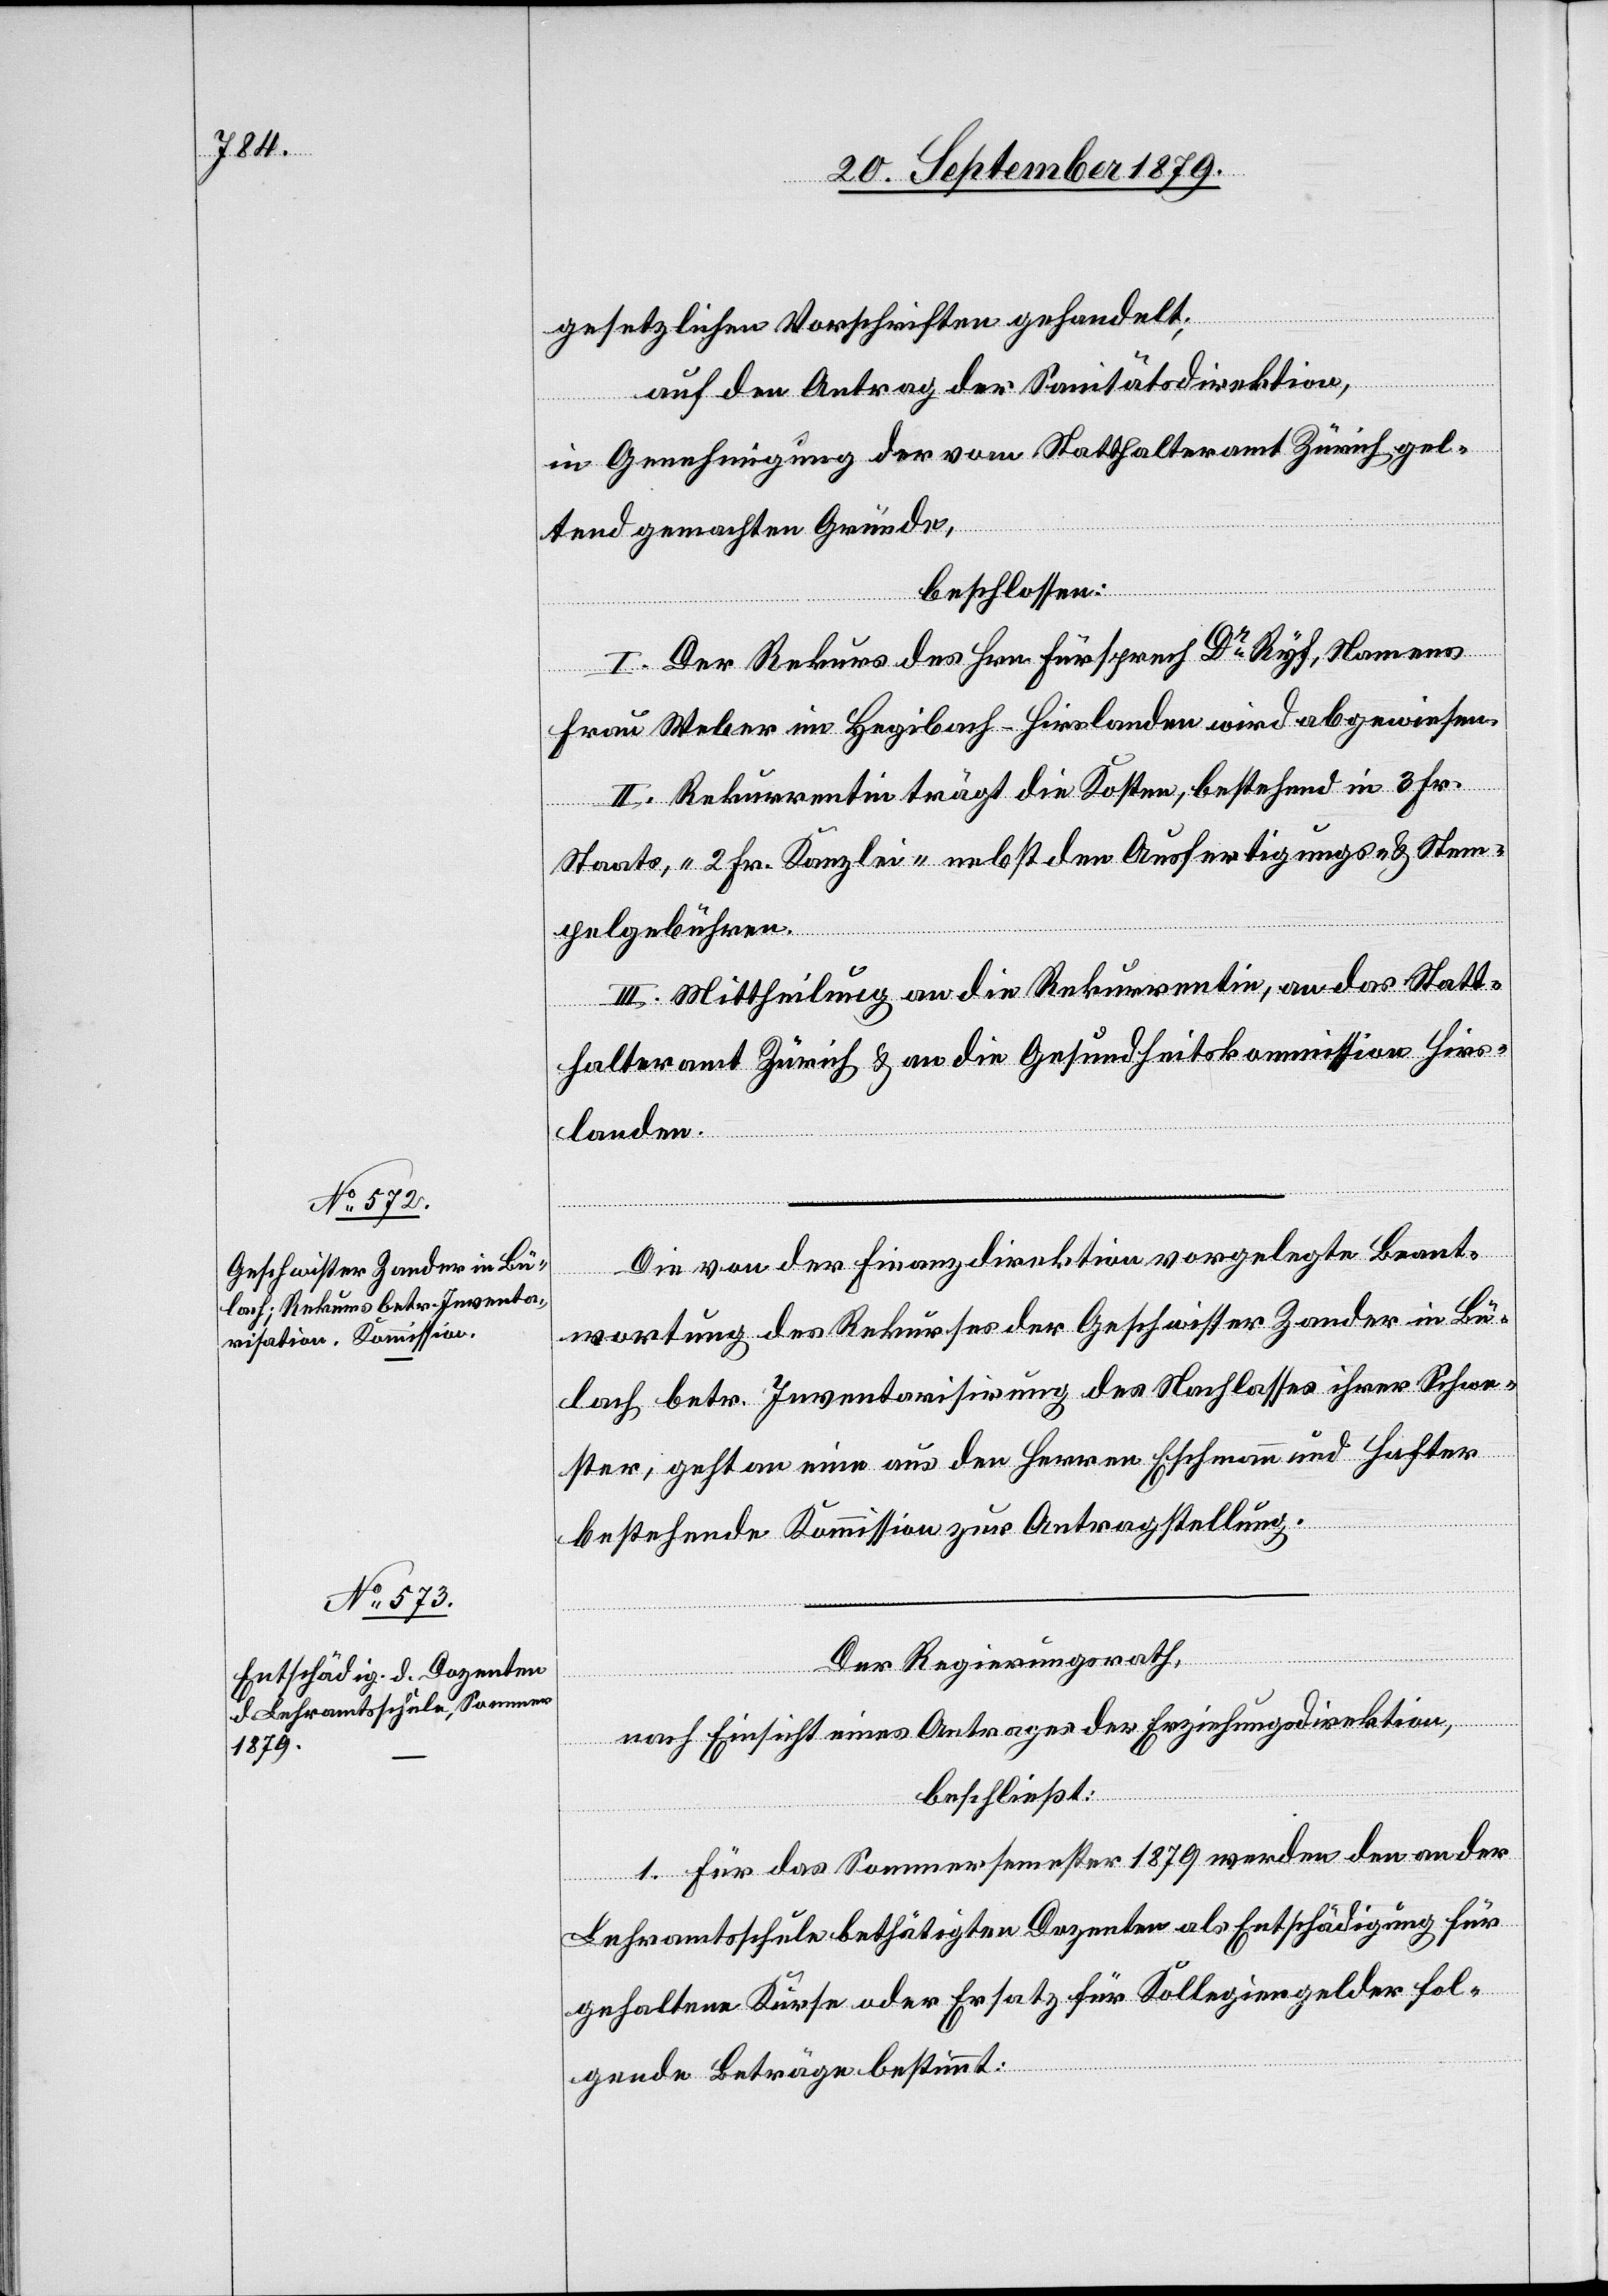
gesetzlichen Vorschriften gehandelt;
auf den Antrag der Sanitätsdirektion,
in Genehmigung der vom Statthalteramt Zürich gel¬
tend gemachten Gründe,
beschlossen:
I. Der Rekurs des Hrn. Fürsprech Dr Ryf, Namens
Frau Weber im Hegibach - Hirslanden wird abgewiesen.
II. Rekurrentin trägt die Kosten, bestehend in 3 Fr.
Staats-, 2 Fr. Kanzlei- nebst den Ausfertigungs- und Stem¬
pelgebühren.
III. Mittheilung an die Rekurrentin, an das Statt¬
halteramt Zürich & an die Gesundheitskommission Hirs¬
landen.
Die von der Finanzdirektion vorgelegte Beant¬
wortung des Rekurses der Geschwister Zander in Bü¬
lach betr. Inventarisirung des Nachlasses ihrer Schwe¬
ster, geht an eine aus den Herren Eschmann und Hafter
bestehende Kommission zur Antragstellung.
Der Regierungsrath,
nach Einsicht eines Antrages der Erziehungsdirektion,
beschließt:
1. Für das Sommersemester 1879 werden den an der
Lehramtsschule bethätigten Dozenten als Entschädigung für
gehaltene Kurse oder Ersatz für Kollegiengelder fol¬
gende Beträge bestimmt: